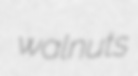
walnuts